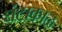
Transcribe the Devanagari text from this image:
घंटाकाळ